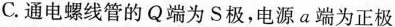
C.通电螺线管的Q端为S极，电源a端为正极